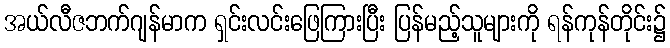
အယ်လီဇဘက်ဂျန်မာက ရှင်းလင်းဖြေကြားပြီး ပြန်မည့်သူများကို ရန်ကုန်တိုင်း၌